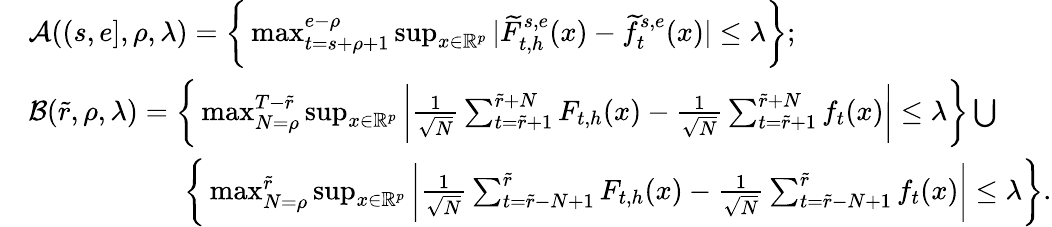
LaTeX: \begin{array}{rl}&{\mathcal A((s,e],\rho,\lambda)=\bigg\{ \operatorname*{max}_{t=s+\rho+1}^{e-\rho}\operatorname*{sup}_{x\in\mathbb{R}^{p}}|\widetilde F_{t,h}^{s,e}(x)-\widetilde f_{t}^{s,e}(x)|\le\lambda\bigg\} ;}\\ &{\mathcal B(\widetilde{r},\rho,\lambda)=\bigg\{ \operatorname*{max}_{N=\rho}^{T-\widetilde{r}}\operatorname*{sup}_{x\in\mathbb{R}^{p}}\bigg|\frac{1}{\sqrt N}\sum_{t=\widetilde{r}+1}^{\widetilde{r}+N}F_{t,h}(x)-\frac{1}{\sqrt N}\sum_{t=\widetilde{r}+1}^{\widetilde{r}+N}f_{t}(x)\bigg|\le\lambda\bigg\} \bigcup}\\ &{\quad\quad\quad\quad\quad\ \ \bigg\{ \operatorname*{max}_{N=\rho}^{\widetilde{r}}\operatorname*{sup}_{x\in\mathbb{R}^{p}}\bigg|\frac{1}{\sqrt N}\sum_{t=\widetilde{r}-N+1}^{\widetilde{r}}F_{t,h}(x)-\frac{1}{\sqrt N}\sum_{t=\widetilde{r}-N+1}^{\widetilde{r}}f_{t}(x)\bigg|\le\lambda\bigg\} .}\end{array}